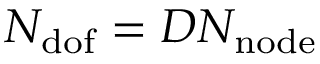
N _ { \mathrm { d o f } } = D N _ { \mathrm { n o d e } }